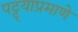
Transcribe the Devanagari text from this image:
पट्ट्याप्रमाणे